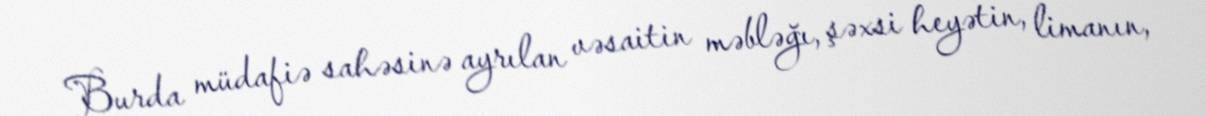
Burda müdafiə sahəsinə ayrılan vəsaitin məbləğı, şəxsi heyətin, limanın,